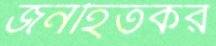
জনহিতকর